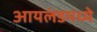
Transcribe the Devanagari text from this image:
आयलंडमध्ये